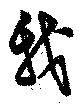
我